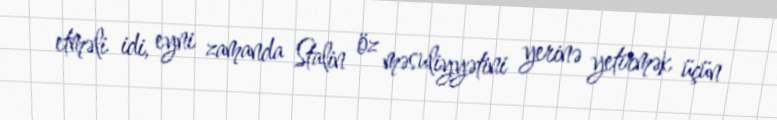
etməli idi, eyni zamanda Stalin öz məsuliyyətini yerinə yetirmək üçün